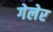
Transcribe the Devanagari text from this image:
गेलेर